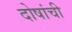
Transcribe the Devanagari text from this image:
दोषांची